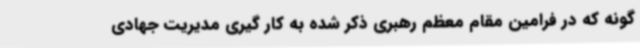
گونه که در فرامین مقام معظم رهبری ذکر شده به کار گیری مدیریت جهادی